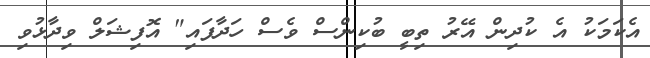
އެކަމަކު އެ ކުދިން އޭރު ތިބީ ބުކިންސް ވެސް ހަދާފައި" އޮފިޝަލް ވިދާޅުވި